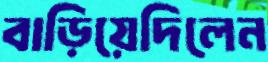
বাড়িয়েদিলেন